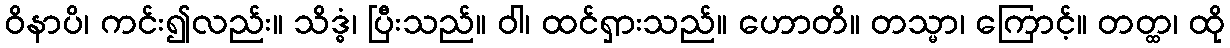
ဝိနာပိ၊ ကင်း၍လည်း။ သိဒ္ဓံ၊ ပြီးသည်။ ဝါ၊ ထင်ရှားသည်။ ဟောတိ။ တသ္မာ၊ ကြောင့်။ တတ္ထ၊ ထို